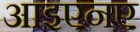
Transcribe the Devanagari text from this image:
आइएनए